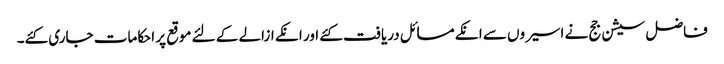
فاضل سیشن جج نے اسیروں سے انکے مسائل دریافت کئے اور انکے ازالے کے لئے موقع پر احکامات جاری کئے۔